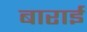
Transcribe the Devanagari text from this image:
बाराई